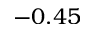
- 0 . 4 5